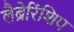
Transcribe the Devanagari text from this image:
लैब्रेरिंशिप